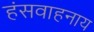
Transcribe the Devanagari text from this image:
हंसवाहनाय